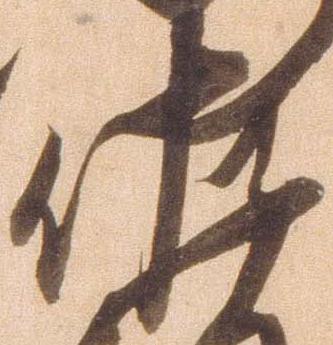
佐